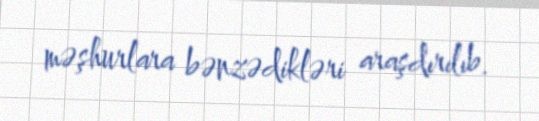
məşhurlara bənzədikləri araşdırılıb.